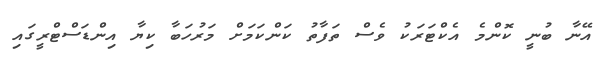
އޭނާ ބުނީ ކޮންމެ އެކްޓަރަކު ވެސް ތަފާތު ކަންކަމަށް މަރުހަބާ ކިޔާ އިންޑަސްޓްރީގައި